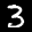
Label: 3